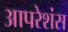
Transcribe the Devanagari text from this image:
आपरेशंस